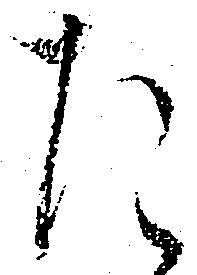
た